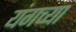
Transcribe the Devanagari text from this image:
यंगच्या